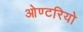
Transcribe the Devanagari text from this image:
ओण्टरियो